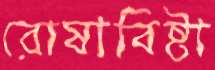
রোষাবিষ্টা